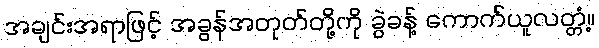
အချင်းအရာဖြင့် အခွန်အတုတ်တို့ကို ခွဲခန့် ကောက်ယူလတ္တံ့။